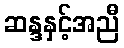
ဆန္ဒနှင့်အညီ